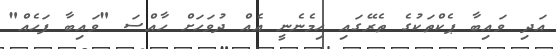
އަދި ވައިބާ ޕެކްތަކުގެ ތެރޭގައި ހިމެނެނީ އެއް ދުވަހަށް ހާއްސަ "ވައިބާ ފަހެއް"